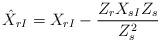
LaTeX: \begin{align*}\hat X_{rI}=X_{rI}-{Z_rX_{sI}Z_s\over Z_s^2}\end{align*}